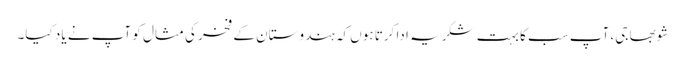
شوبھا جی، آپ سب کا بہت شکریہ ادا کرتا ہوں کہ ہندوستان کے فخر کی مثال کو آپ نے یاد کیا۔